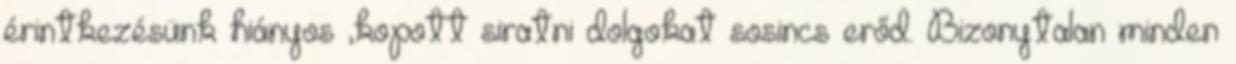
érintkezésünk hiányos ,kopott siratni dolgokat sosincs erőd. Bizonytalan minden